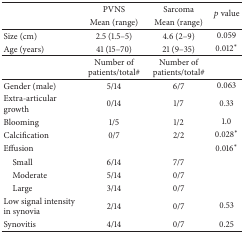
<table><thead><tr><td><b> </b></td><td><b>PVNS</b></td><td><b>Sarcoma</b></td><td rowspan="2"><b><i>p</i> value</b></td></tr><tr><td><b> </b></td><td><b>Mean (range)</b></td><td><b>Mean (range)</b></td></tr></thead><tbody><tr><td>Size (cm)</td><td>2.5 (1.5–5)</td><td>4.6 (2–9)</td><td>0.059</td></tr><tr><td>Age (years)</td><td>41 (15–70)</td><td>21 (9–35)</td><td>0.012<sup><i>∗</i></sup></td></tr><tr><td> </td><td>Number of patients/total#</td><td>Number of patients/total#</td><td> </td></tr><tr><td>Gender (male)</td><td>5/14</td><td>6/7</td><td>0.063</td></tr><tr><td>Extra-articular growth</td><td>0/14</td><td>1/7</td><td>0.33</td></tr><tr><td>Blooming</td><td>1/5</td><td>1/2</td><td>1.0</td></tr><tr><td>Calcification </td><td>0/7</td><td>2/2</td><td>0.028<sup><i>∗</i></sup></td></tr><tr><td>Effusion </td><td> </td><td> </td><td>0.016<sup><i>∗</i></sup></td></tr><tr><td> Small</td><td>6/14</td><td>7/7</td><td> </td></tr><tr><td> Moderate</td><td>5/14</td><td>0/7</td><td> </td></tr><tr><td> Large</td><td>3/14</td><td>0/7</td><td> </td></tr><tr><td>Low signal intensity in synovia</td><td>2/14</td><td>0/7</td><td>0.53</td></tr><tr><td>Synovitis </td><td>4/14</td><td>0/7</td><td>0.25</td></tr></tbody></table>